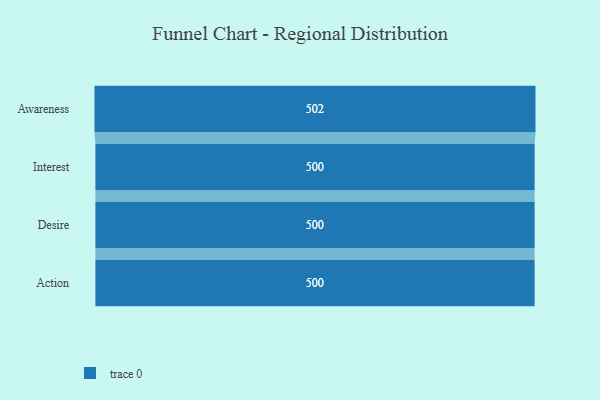
{"axis": {"x": "Stage", "y": "Value"}, "legend": [""], "data": [{"x": "Awareness", "y": 502.0, "type": ""}, {"x": "Interest", "y": 500, "type": ""}, {"x": "Desire", "y": 500, "type": ""}, {"x": "Action", "y": 500, "type": ""}]}